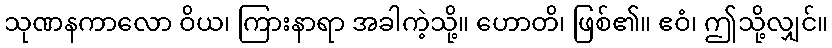
သုဏနကာလော ဝိယ၊ ကြားနာရာ အခါကဲ့သို့။ ဟောတိ၊ ဖြစ်၏။ ဧဝံ၊ ဤသို့လျှင်။